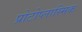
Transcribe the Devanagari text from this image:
प्रोटोप्लास्मिक